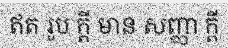
ឥត រូប ក្តី មាន សញ្ញា ក្តី